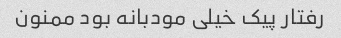
رفتار پیک خیلی مودبانه بود ممنون